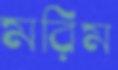
মরিম